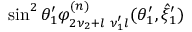
\sin ^ { 2 } \theta _ { 1 } ^ { \prime } \varphi _ { 2 \nu _ { 2 } + l \, \, \nu _ { 1 } ^ { \prime } l } ^ { ( n ) } ( \theta _ { 1 } ^ { \prime } , \hat { \xi } _ { 1 } ^ { \prime } )